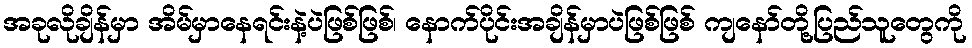
အခုလိုချိန်မှာ အိမ်မှာနေရင်းနဲ့ပဲဖြစ်ဖြစ်၊ နောက်ပိုင်းအချိန်မှာပဲဖြစ်ဖြစ် ကျနော်တို့ပြည်သူတွေကို